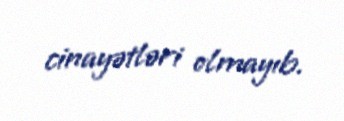
cinayətləri olmayıb.